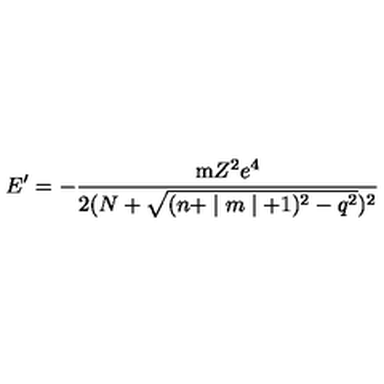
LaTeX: E ^ { \prime } = - \frac { \mathrm { m } Z ^ { 2 } e ^ { 4 } } { 2 ( N + \sqrt { ( n + \mid m \mid + 1 ) ^ { 2 } - q ^ { 2 } } ) ^ { 2 } }